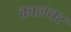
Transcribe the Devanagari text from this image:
कालतर